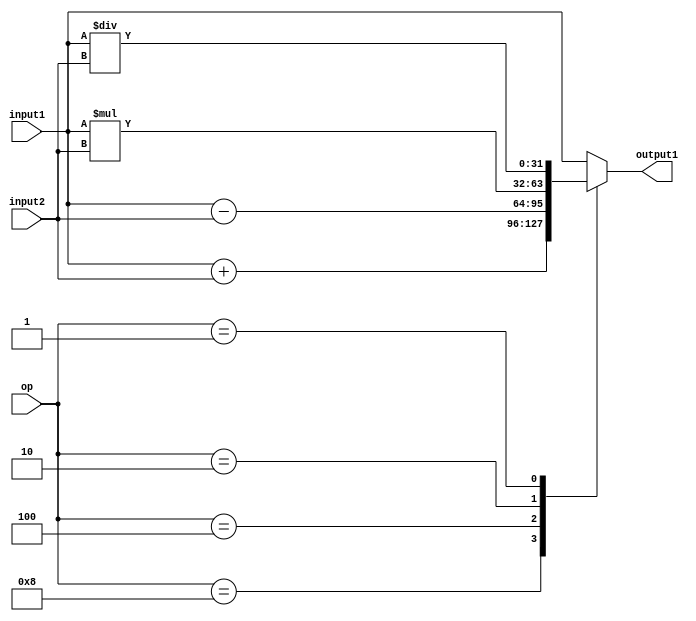
module ALU (
	input wire [31:0] input1, input2,
	input wire [3:0] op,
	output reg [31:0] output1
);

//realiza a operacao e coloca na saida
always @(*)
begin
	case(op)
		4'b1000: output1 =  input1 + input2;
		4'b0100: output1 =  input1 - input2;
		4'b0010: output1 =  input1 * input2;
		4'b0001: output1 =  input1 / input2;
		default: output1 = input1;
	endcase
end
endmodule